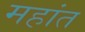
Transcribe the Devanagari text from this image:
महांत